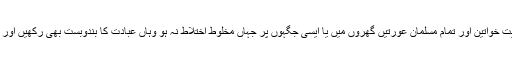
’’نماز قائم کرو، زکوٰۃ دو اور‘‘ یعنی اہل بیت خواتین اور تمام مسلمان عورتیں گھروں میں یا ایسی جگہوں پر جہاں مخلوط اختلاط نہ ہو وہاں عبادت کا بندوبست بھی رکھیں اور کوئی کام کاج کرنا چاہیں تو وہ بھی کریں۔